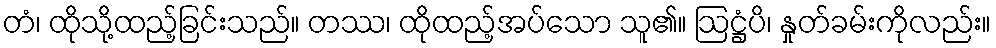
တံ၊ ထိုသို့ထည့်ခြင်းသည်။ တဿ၊ ထိုထည့်အပ်သော သူ၏။ ဩဋ္ဌံပိ၊ နှုတ်ခမ်းကိုလည်း။